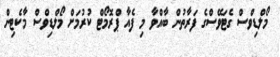
މޯލްޑިވްސް ގެޓަވޭސްގެ ފަރާތުން ބާއްވާ މި ފެއާ ޕްރޮމޯޓް ކުރުމަށް މޯލްޑިވްސް މާކެޓިން